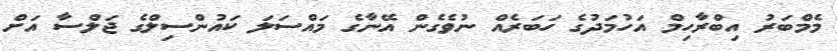
މެމްބަރު އިބްރާހިމް އަހުމަދުގެ ހަބަރެއް ނުވެގެން އޭނާގެ މައްސަލަ ކައުންސިލްގެ ޖަލްސާ އަށް